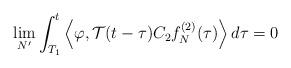
LaTeX: \begin{align*}\lim_{N^\prime}\int_{T_1}^t \left<\varphi, \mathcal{T} (t-\tau) C_2 f_N^{(2)} (\tau) \right> d\tau= 0\end{align*}